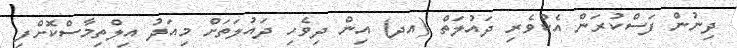
ދިނުން ފަސްކުރަން އެކުވެރި ދައުލަތް (އދ) އިން ދިވެހި ދައުލަތަށް މިއަދު އިލްތިމާސްކޮށްފި